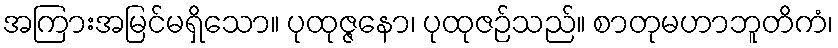
အကြားအမြင်မရှိသော။ ပုထုဇ္ဇနော၊ ပုထုဇဉ်သည်။ စာတုမဟာဘူတိကံ၊